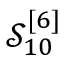
\mathcal { S } _ { 1 0 } ^ { [ 6 ] }